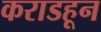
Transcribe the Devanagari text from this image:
कराडहून